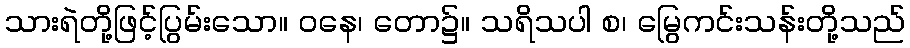
သားရဲတို့ဖြင့်ပြွမ်းသော။ ဝနေ၊ တော၌။ သရိသပါ စ၊ မြွေကင်းသန်းတို့သည်